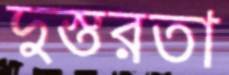
দুস্তরতা